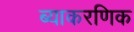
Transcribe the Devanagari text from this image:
ब्याकरणिक